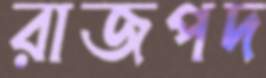
রাজপদ